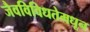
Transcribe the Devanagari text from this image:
जैवविविधतेमधून